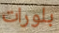
بلورات